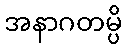
အနာဂတမ္ပိ